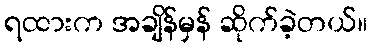
ရထားက အချိန်မှန် ဆိုက်ခဲ့တယ်။